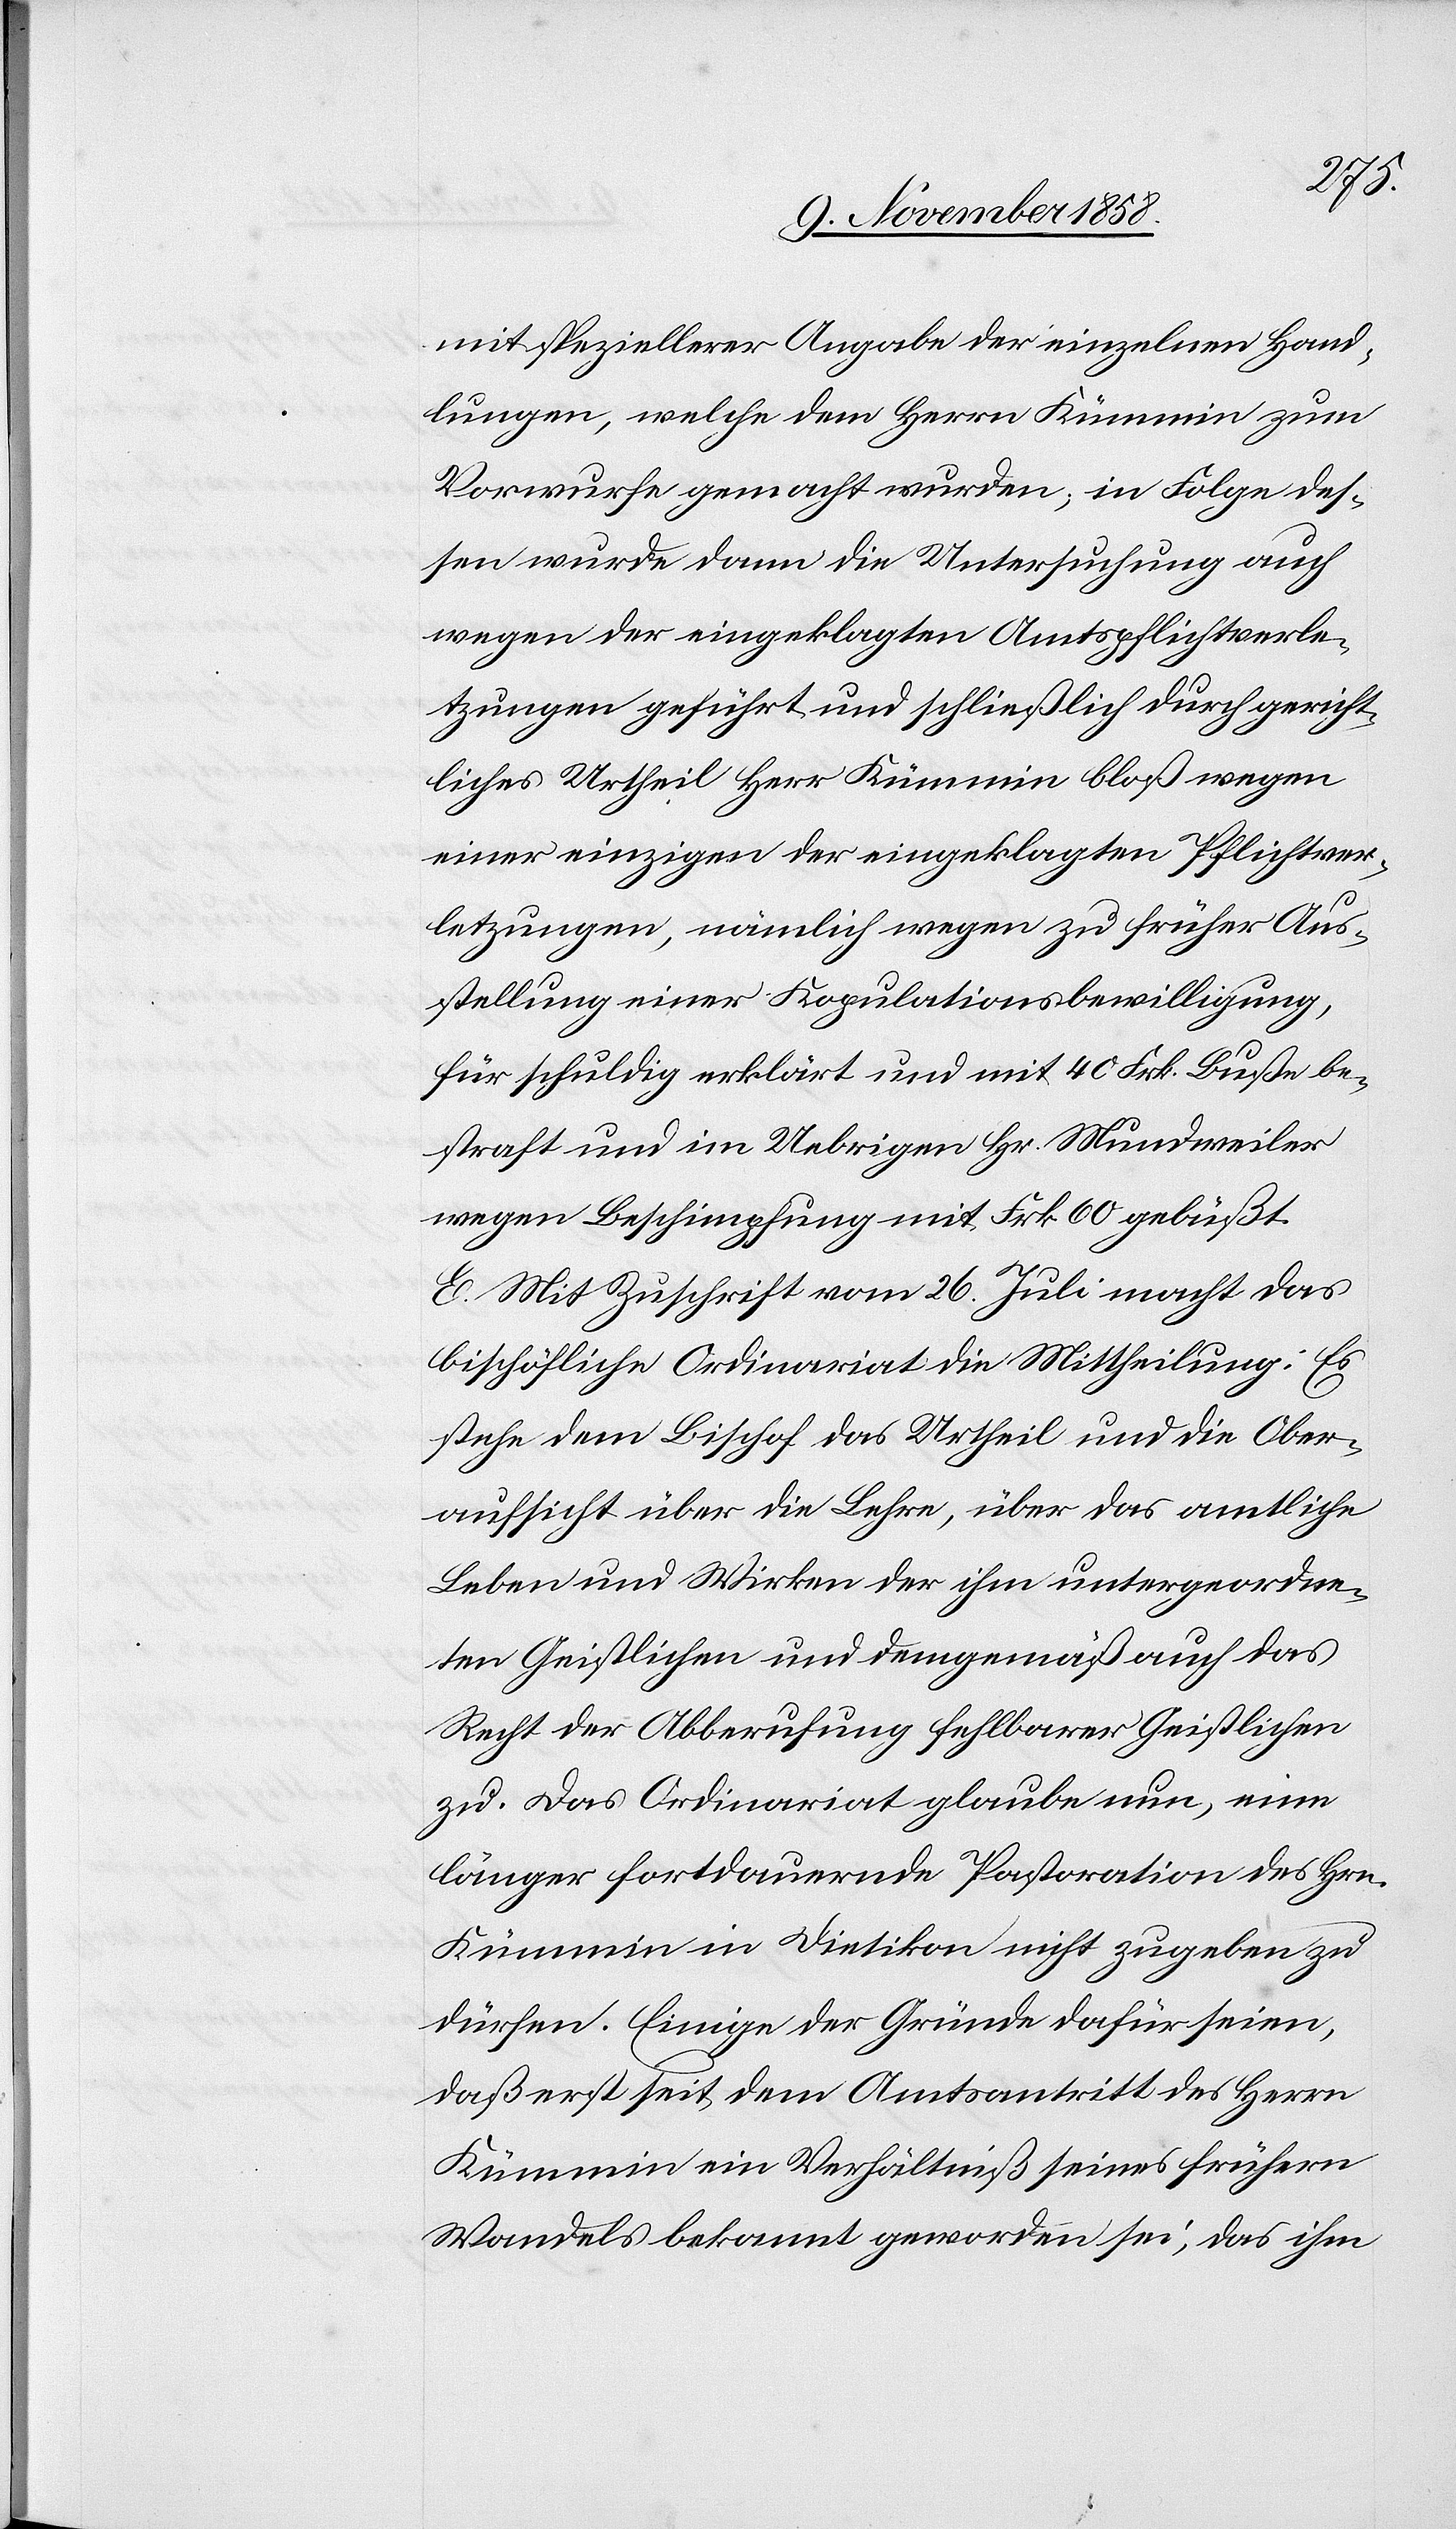
mit speziellerer Angabe der einzelnen Hand¬
lungen, welche dem Herrn Kümmin zum
Vorwurfe gemacht wurden; in Folge des¬
sen wurde dann die Untersuchung auch
wegen der eingeklagten Amtspflichtverle¬
tzungen geführt und schließlich durch gericht¬
liches Urtheil Herr Kümmin bloß wegen
einer einzigen der eingeklagten Pflichtver¬
letzungen, nämlich wegen zu früher Aus¬
stellung einer Kopulationsbewilligung,
für schuldig erklärt und mit 40 Frk. Buße be¬
straft und im Uebrigen Hr. Mundweiler
wegen Beschimpfung mit Frk. 60 gebüßt.
E. Mit Zuschrift vom 26. Juli macht das
bischöfliche Ordinariat die Mittheilung: Es
stehe dem Bischof das Urtheil und die Ober¬
aufsicht über die Lehre, über das amtliche
Leben und Wirken der ihm untergeordne¬
ten Geistlichen und demgemäß auch das
Recht der Abberufung fehlbarer Geistlichen
zu. Das Ordinariat glaube nun, eine
länger fortdauernde Pastoration des Hrn.
Kümmin in Dietikon nicht zugeben zu
dürfen. Einige der Gründe dafür seien,
daß erst seit dem Amtsantritt des Herrn
Kümmin ein Verhältniß seines frühern
Wandels bekannt geworden sei, das ihm